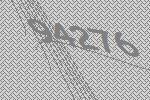
94276